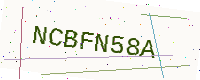
Text: NCBFN58A